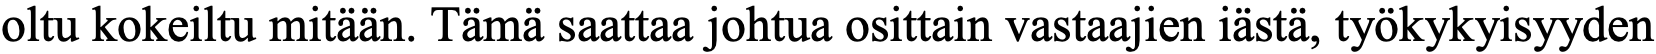
oltu kokeiltu mitään. Tämä saattaa johtua osittain vastaajien iästä, työkykyisyyden